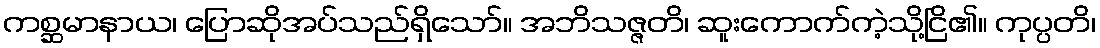
ကစ္ဆမာနာယ၊ ပြောဆိုအပ်သည်ရှိသော်။ အဘိသဇ္ဇတိ၊ ဆူးကောက်ကဲ့သို့ငြိ၏။ ကုပ္ပတိ၊